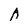
Character: A